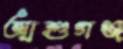
আশুগঞ্জ